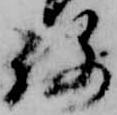
路